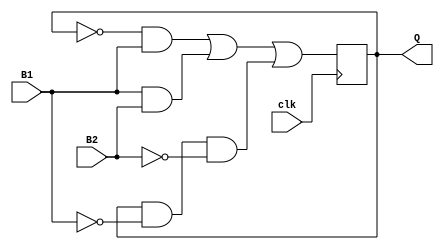
`timescale 1ns/1ns
module flip_flop(B1, B2, clk,Q);
    input B1, B2, clk;
    output reg Q;
    initial begin 
         Q=0;
    end

    always@(posedge clk) begin
        Q=(~Q & B1) | (B1 & B2) | (Q & ~B1 & ~B2);
    end
endmodule